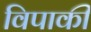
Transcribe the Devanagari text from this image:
विपाकी